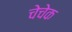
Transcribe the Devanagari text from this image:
चेचेक